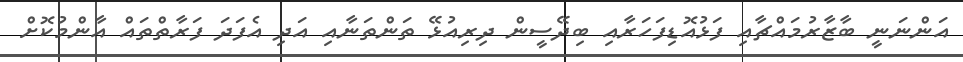
އަންނަނީ ބާޒާރުމައްޗާއި ފަޅުއޮޑިފަހަރާއި ބިދޭސީން ދިރިއުޅޭ ތަންތަނާއި އަދި އެފަދަ ފަރާތްތައް އާންމުކޮށް